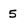
Character: 5